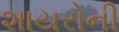
શાયરોની